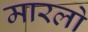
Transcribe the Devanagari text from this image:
मारलो